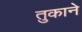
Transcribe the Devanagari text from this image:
तुकाने